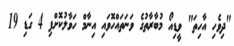
"ދިވެހި އާހިތަ" ވީޑިއޯ މުބާރާތުގެ ވަނަތައްހޮވައި އިނާމް ހަވާލުކޮށްފި 4 ގަޑި 19